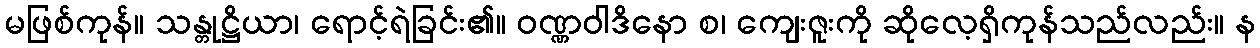
မဖြစ်ကုန်။ သန္တုဋ္ဌိယာ၊ ရောင့်ရဲခြင်း၏။ ဝဏ္ဏဝါဒိနော စ၊ ကျေးဇူးကို ဆိုလေ့ရှိကုန်သည်လည်း။ န